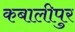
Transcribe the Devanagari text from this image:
कबालीपुर